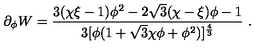
\partial _ { \phi } W = { \frac { 3 ( \chi \xi - 1 ) \phi ^ { 2 } - 2 \sqrt { 3 } ( \chi - \xi ) \phi - 1 } { 3 [ \phi ( 1 + \sqrt { 3 } \chi \phi + \phi ^ { 2 } ) ] ^ { \frac { 4 } { 3 } } } } \ .